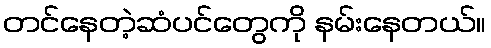
တင်နေတဲ့ဆံပင်တွေကို နမ်းနေတယ်။